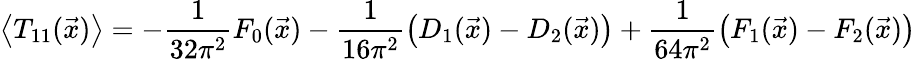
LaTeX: \left\langle T_{11}(\vec{x})\right\rangle=-\frac{1}{32\pi^{2}}F_{0}(\vec{x})-\frac{1}{16\pi^{2}}\left(D_{1}(\vec{x})-D_{2}(\vec{x})\right)+\frac{1}{64\pi^{2}}\left(F_{1}(\vec{x})-F_{2}(\vec{x})\right)